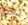
نعم